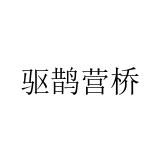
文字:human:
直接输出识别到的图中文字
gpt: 驱鹊营桥